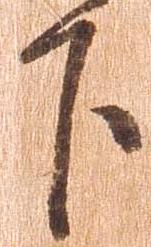
下